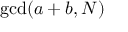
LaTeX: \operatorname* { g c d } ( a + b , N )